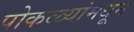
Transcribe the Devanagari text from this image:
पोकळ्यांमधून